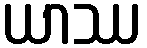
ယာဿ